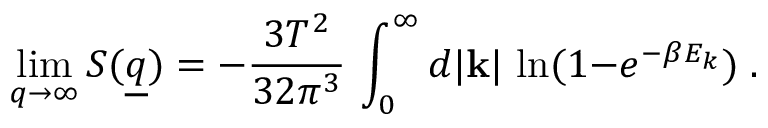
\operatorname * { l i m } _ { q \to \infty } { \cal S } ( \underline { { { q } } } ) = - { \frac { 3 T ^ { 2 } } { 3 2 \pi ^ { 3 } } } \, \int _ { 0 } ^ { \infty } d | { \bf k } | \, \ln ( 1 { - } e ^ { - \beta E _ { k } } ) \; .